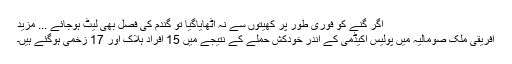
اگر گنے کو فوری طور پر کھیتوں سے نہ اٹھایاگیا تو گندم کی فصل بھی لیٹ ہوجائے ... مزید
افریقی ملک صومالیہ میں پولیس اکیڈمی کے اندر خودکش حملے کے نتیجے میں 15 افراد ہلاک اور 17 زخمی ہوگئے ہیں۔